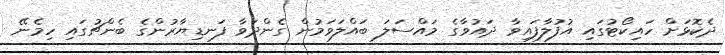
ދެކޮޅަށް ހައިކޯޓުގައި އުފުލާފައިވާ ދައުވާގެ މައްސަލަ ބައްލަވަމުން ގެންދަވާ ފަނޑިޔާރުންގެ ބެންޗުގައި ހިމެނޭ